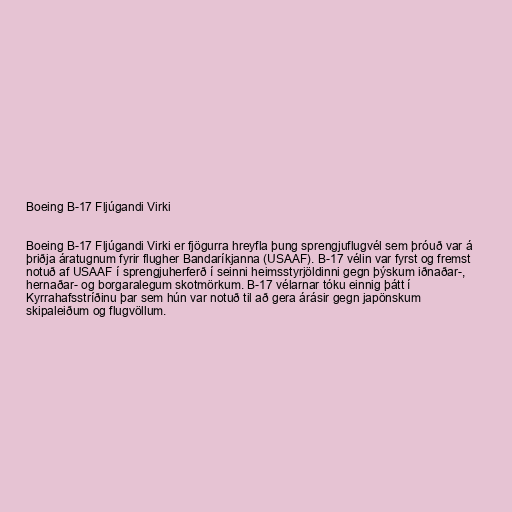
Boeing B-17 Fljúgandi Virki

Boeing B-17 Fljúgandi Virki er fjögurra hreyfla þung sprengjuflugvél sem þróuð var á
þriðja áratugnum fyrir flugher Bandaríkjanna (USAAF). B-17 vélin var fyrst og fremst
notuð af USAAF í sprengjuherferð í seinni heimsstyrjöldinni gegn þýskum iðnaðar-,
hernaðar- og borgaralegum skotmörkum. B-17 vélarnar tóku einnig þátt í
Kyrrahafsstríðinu þar sem hún var notuð til að gera árásir gegn japönskum
skipaleiðum og flugvöllum.